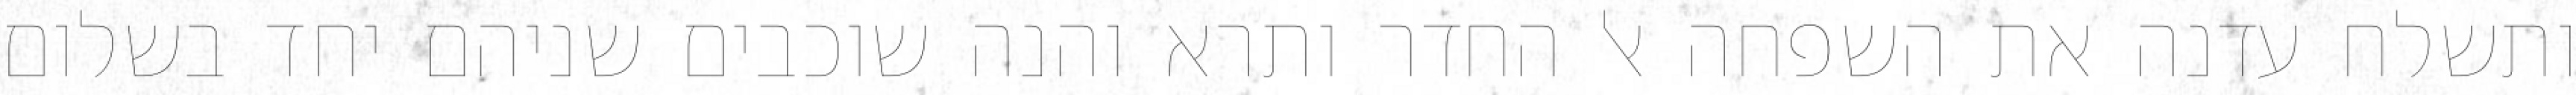
ותשלח עדנה את השפחה אל החדר ותרא והנה שוכבים שניהם יחד בשלום